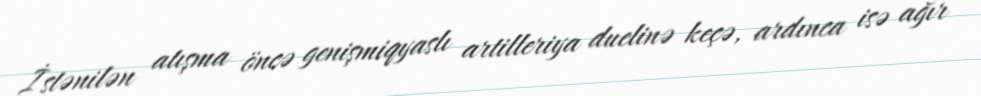
İstənilən atışma öncə genişmiqyaslı artilleriya duelinə keçə, ardınca isə ağır